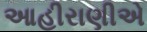
આહીરાણીએ